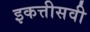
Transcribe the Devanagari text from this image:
इकत्तीसवी